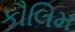
કૌલિમ